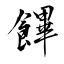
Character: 饆